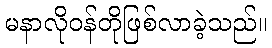
မနာလိုဝန်တိုဖြစ်လာခဲ့သည်။